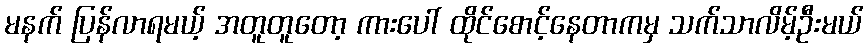
မနက် ပြန်လာရမယ့် အတူတူတော့ ကားပေါ် ထိုင်စောင့်နေတာကမှ သက်သာလိမ့်ဦးမယ်